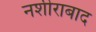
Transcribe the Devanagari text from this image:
नशीराबाद